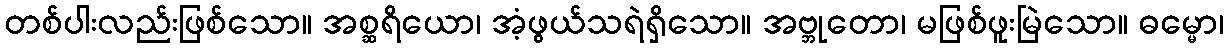
တစ်ပါးလည်းဖြစ်သော။ အစ္ဆရိယော၊ အံ့ဖွယ်သရဲရှိသော။ အဗ္ဘုတော၊ မဖြစ်ဖူးမြဲသော။ ဓမ္မော၊